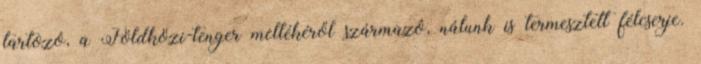
tartozó, a Földközi-tenger mellékéről származó, nálunk is termesztett félcserje.